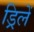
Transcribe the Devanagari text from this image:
ड्रिलें